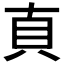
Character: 𰶱